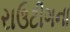
રાઉટીગના